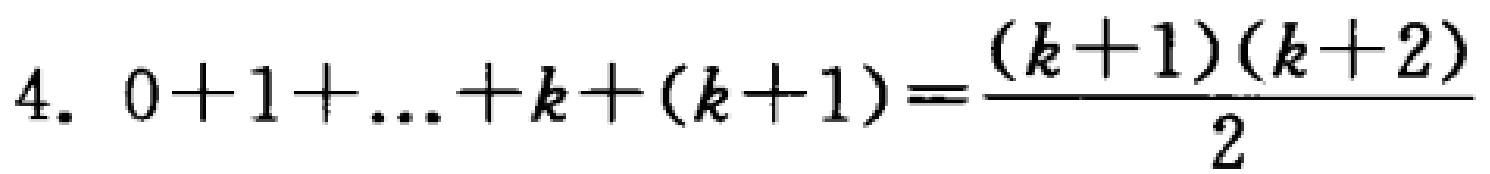
4. \(0 + 1+\ldots + k+(k + 1)=\frac{(k + 1)(k + 2)}{2}\)